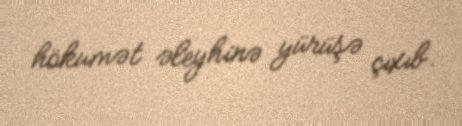
hökumət əleyhinə yürüşə çıxıb.